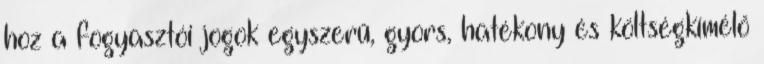
hoz a fogyasztói jogok egyszerű, gyors, hatékony és költségkímélő